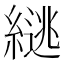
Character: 𫃹